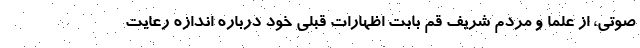
صوتی، از علما و مردم شریف قم بابت اظهارات قبلی خود درباره اندازه رعایت